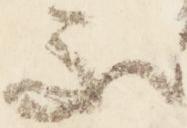
不